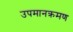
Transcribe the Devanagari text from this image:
उपमानक्रमण